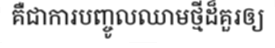
គឺជាការបញ្ចូលឈាមថ្មីដ៏គួរឲ្យ